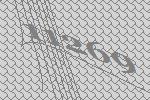
11269